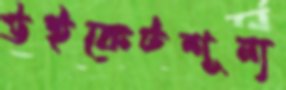
উইকেটশূন্য